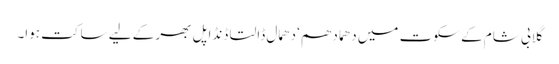
گلابی شام کے سکوت میں دھما دھم‘ دھمال ڈالتا ڈنڈا پل بھر کے لیے ساکت ہوا۔